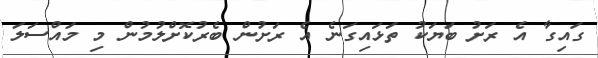
ގައިގާ އެ ރަށު ބަޔަކު ތަޅައިގަނެ އެ ރަށުން ބެރުކޮށްލުމުން މި މައްސަލަ